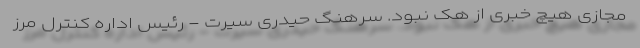
مجازی هیچ خبری از هک نبود. سرهنگ حیدری سیرت - رئیس اداره کنترل مرز